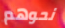
نحوهم